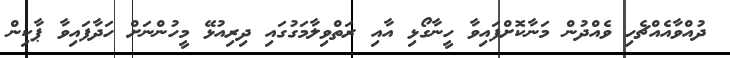
ދުއްވާއެއްޗެހި ވެއްދުން މަނާކޮށްފައިވާ ހީނާގޯޅި އާއި ރަތްވިލާމަގުގައި ދިރިއުޅޭ މީހުންނަށް ހަދާފައިވާ ޕާކިން